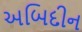
અબિદીન